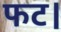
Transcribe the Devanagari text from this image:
फट।